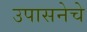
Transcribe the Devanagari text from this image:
उपासनेचे